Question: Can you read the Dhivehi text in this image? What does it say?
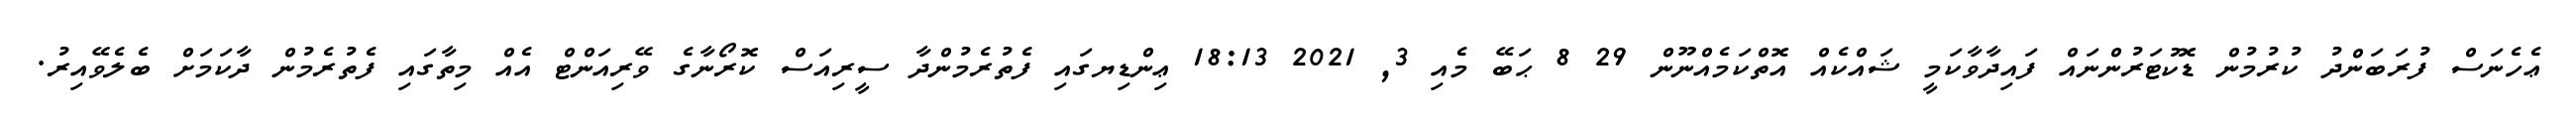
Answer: ޢެހެނަސް ފުރަބަންދު ކުރުމުން ޑޮކުޓަރުންނައް ފައިދާވާކަމީ ޝައްކެއް އޮތްކަމެއްނޫން 29 8 ޙަބޭ މެއި 3, 2021 18:13 ޢިންޑިޔގައި ފެތުރެމުންދާ ސީރިއަސް ކޮރޯނާގެ ވޭރިއަންޓް އެއް މިތާގައި ފެތުރެމުން ދާކަމަށް ބެލެވޭއިރު.